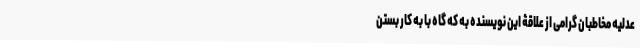
عدلیه مخاطبان گرامی از علاقۀ این نویسنده به که گاه با به کار بستن